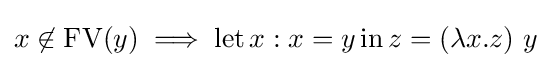
x\not \in \operatorname {FV} (y)\implies \operatorname {let} x:x=y\operatorname {in} z=(\lambda x.z)\ y